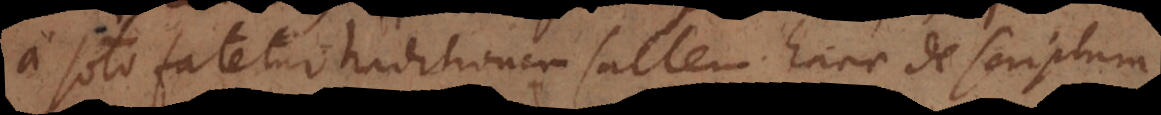
a Soto fatetur traditionem saltem hanc de scriptura